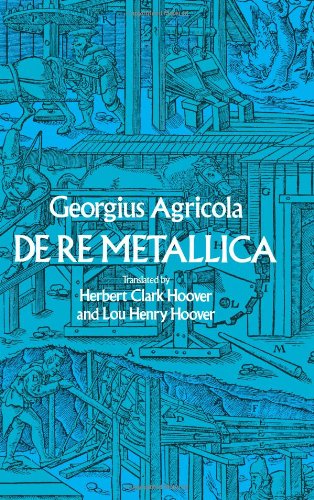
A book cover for De Re Metallica (Dover Earth Science); Georgius Agricola; Science & Math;